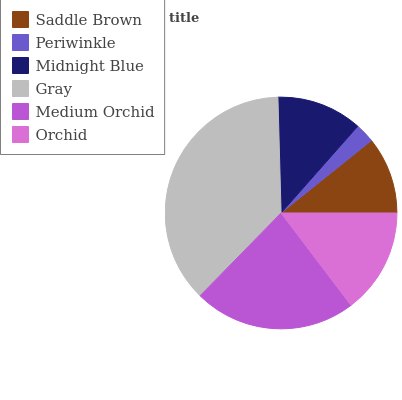
| Saddle Brown | Periwinkle | Midnight Blue | Gray | Medium Orchid | Orchid |
 | --- | --- | --- | --- | --- | --- |
 | 10.8% | 2.72% | 12% | 37.3% | 22.6% | 14.7% |